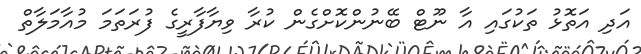
އަދި އަތޮޅު ތަކުގައި އާ ނޫޓް ބޭނުންކޮށްގެން ކުރާ ވިޔާފާރީގެ ފުރަތަމަ މުއާމަލާތް